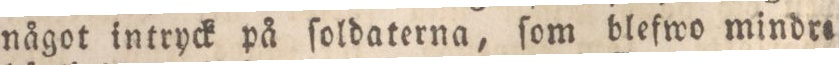
något intryck på ſoldaterna, ſom blefwo mindra